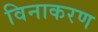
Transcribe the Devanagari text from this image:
विनाकरण